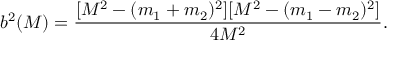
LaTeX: { b ^ { 2 } ( M ) } = \frac { [ M ^ { 2 } - ( m _ { 1 } + m _ { 2 } ) ^ { 2 } ] [ M ^ { 2 } - ( m _ { 1 } - m _ { 2 } ) ^ { 2 } ] } { 4 M ^ { 2 } } .